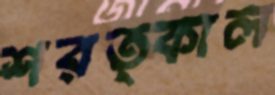
শরত্কাল